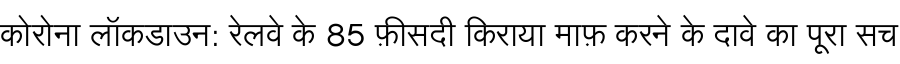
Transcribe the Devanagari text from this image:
कोरोना लॉकडाउन: रेलवे के 85 फ़ीसदी किराया माफ़ करने के दावे का पूरा सच